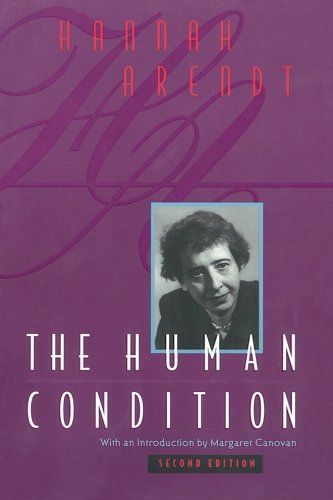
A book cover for The Human Condition, 2nd Edition; Hannah Arendt; Science & Math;